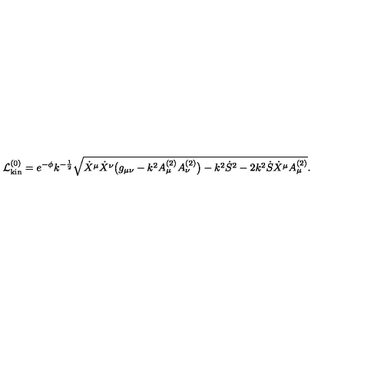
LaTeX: { \cal L } _ { \mathrm { k i n } } ^ { ( 0 ) } = e ^ { - \phi } k ^ { - { \frac { 1 } { 2 } } } \sqrt { \dot { X } ^ { \mu } \dot { X } ^ { \nu } \bigl ( g _ { \mu \nu } - k ^ { 2 } A _ { \mu } ^ { ( 2 ) } A _ { \nu } ^ { ( 2 ) } \bigr ) - k ^ { 2 } { \dot { S } } ^ { 2 } - 2 k ^ { 2 } \dot { S } { \dot { X } } ^ { \mu } A _ { \mu } ^ { ( 2 ) } } .